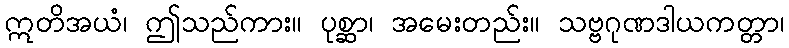
ဣတိအယံ၊ ဤသည်ကား။ ပုစ္ဆာ၊ အမေးတည်း။ သဗ္ဗဂုဏဒါယကတ္တာ၊